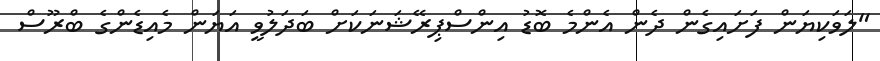
"ލަވަކިޔަން ފަށައިގެން ދެން އެންމެ ބޮޑު އިންސްޕިރޭޝަނަކަށް ބަދަލުވީ އަޔަން މެއިޑެންގެ ބްރޫސް